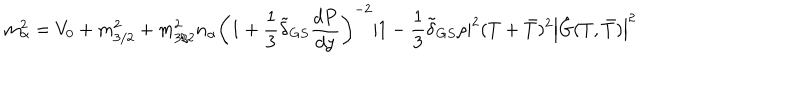
m _ { \alpha } ^ { 2 } = V _ { 0 } + m _ { 3 / 2 } ^ { 2 } + m _ { 3 / 2 } ^ { 2 } n _ { \alpha } \left( 1 + \frac { 1 } { 3 } \tilde { \delta } _ { G S } \frac { d P } { d y } \right) ^ { - 2 } | 1 - \frac { 1 } { 3 } \tilde { \delta } _ { G S } \rho | ^ { 2 } ( T + \bar { T } ) ^ { 2 } \left| \hat { G } ( T , \bar { T } ) \right| ^ { 2 }